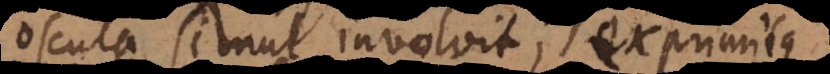
oscula simul involvit; exprimitque